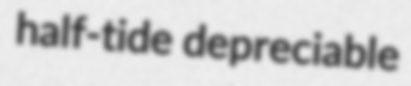
half-tide depreciable